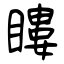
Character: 瞜